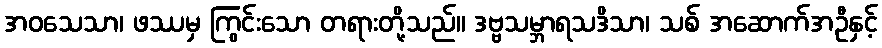
အဝသေသာ၊ ဖဿမှ ကြွင်းသော တရားတို့သည်။ ဒဗ္ဗသမ္ဘာရသဒိသာ၊ သစ် အဆောက်အဦနှင့်